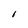
Character: I